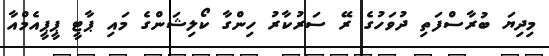
މިދިޔަ ބުރާސްފަތި ދުވަހުގެ ރޭ ސަރުކާރު ހިންގާ ކޯލިޝަންގެ މައި ޕާޓީ ޕީޕީއެމްއާ